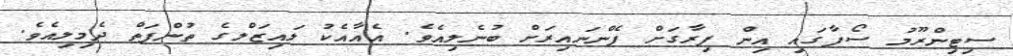
ސިޓިންރޫމު ސޯފާގައި އިން ފިރާގަށް ފެންނައިރަށް ބުނެލިއެވެ. އެއާއެކު ލައިޒަލްގެ ތުންފަތް ދެމިލިއެވެ.